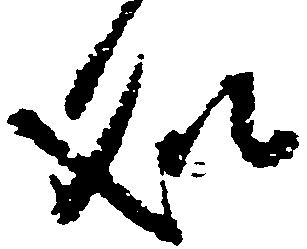
処